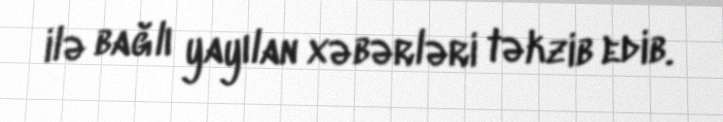
ilə bağlı yayılan xəbərləri təkzib edib.